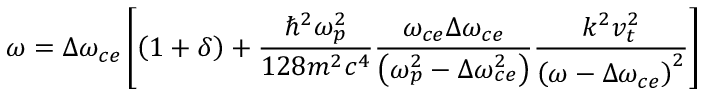
\omega = \Delta \omega _ { c e } \left[ \left( 1 + \delta \right) + \frac { \hbar ^ { 2 } \omega _ { p } ^ { 2 } } { 1 2 8 m ^ { 2 } c ^ { 4 } } \frac { \omega _ { c e } \Delta \omega _ { c e } } { \left( \omega _ { p } ^ { 2 } - \Delta \omega _ { c e } ^ { 2 } \right) } \frac { k ^ { 2 } v _ { t } ^ { 2 } } { \left( \omega - \Delta \omega _ { c e } \right) ^ { 2 } } \right]